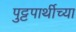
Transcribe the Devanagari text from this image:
पुट्टपार्थीच्या